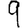
Digit: 9